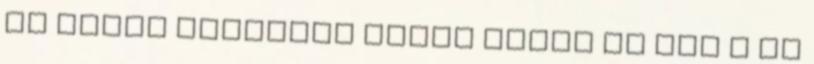
ha nincs türelmed hozzá akkor az már a te